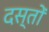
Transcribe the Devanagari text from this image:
दस्तोॅ